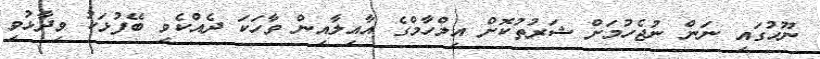
ނޫހުގައި ނަން ނުޖެހުމަށް ޝަރުތުކޮށް އިލްހާމްގެ އާއިލާއިން ވާހަކަ ދެއްކެވި ބޭފުޅަކު ވިދާޅުވި